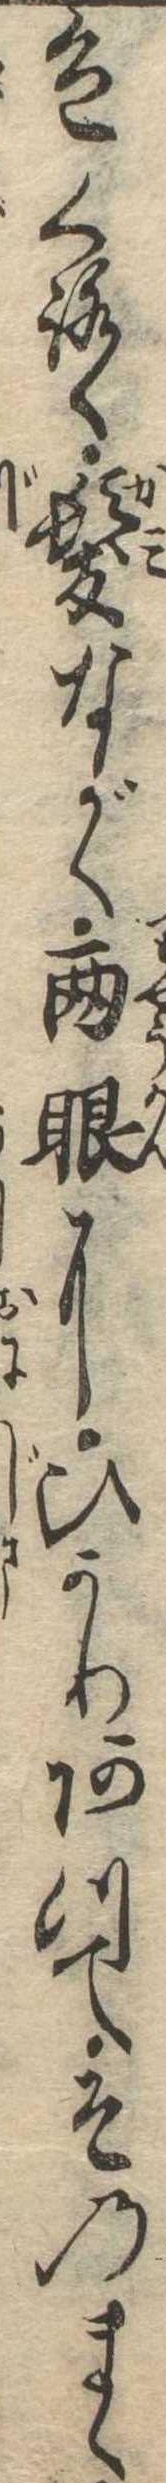
色くろく髪ながく両眼にひかりあつてそのまゝ